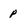
Character: p